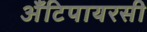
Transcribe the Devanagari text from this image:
अँटिपायरसी